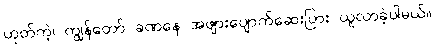
ဟုတ်ကဲ့၊ ကျွန်တော် ခဏနေ အဖျားပျောက်ဆေးပြား ယူလာခဲ့ပါမယ်။